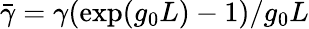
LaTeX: \bar{\gamma}=\gamma(\exp(g_{0}L)-1)/g_{0}L